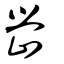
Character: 嵤